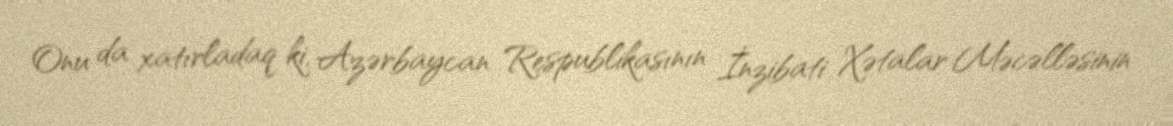
Onu da xatırladaq ki, Azərbaycan Respublikasının İnzibati Xətalar Məcəlləsinin